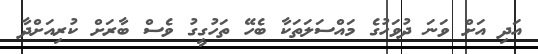
އަދި އަށް ވަނަ ދުވަހުގެ މައްސަލަތަކާ ބެހޭ ތަހުގީގު ވެސް ބާރަށް ކުރިއަށްދާ